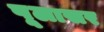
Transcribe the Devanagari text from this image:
पूलासर